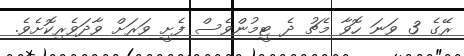
ރޭގެ 3 ވަނަ ހޮވާ މެޗު ދެ ޓީމުންވެސް ފެށީ ވަރަށް ވާދަވެރިކޮށެވެ.